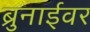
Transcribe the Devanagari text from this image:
ब्रुनाईवर